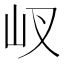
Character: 𡵌